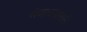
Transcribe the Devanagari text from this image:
संबोधनासाठी